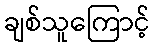
ချစ်သူကြောင့်